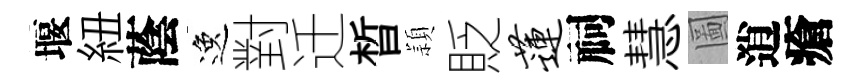
堰紐蔭逸對迁晳頴貶莲祠慧圖逍瘡